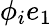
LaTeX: \phi_{i}e_{1}